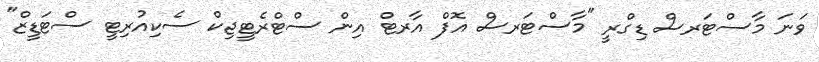
ވަނަ މާސްޓަރސް ޑިގްރީ "މާސްޓަރސް އޮފް އާރޓް އިން ސްޓްރެޓީޖިކް ސެކިއުރިޓީ ސްޓަޑީޒް"